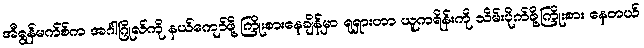
အီရွန်မက်စ်က အင်္ဂါဂြိုလ်ကို နယ်ကျော်ဖို့ ကြိုးစားနေချိန်မှာ ရုရှားဟာ ယူကရိန်းကို သိမ်းပိုက်ဖို့ကြိုးစား နေတယ်